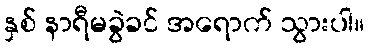
နှစ် နာရီမခွဲခင် အရောက် သွားပါ။